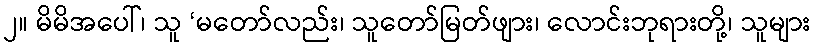
၂။ မိမိအပေါ်၊ သူ ‘မတော်လည်း၊ သူတော်မြတ်ဖျား၊ လောင်းဘုရားတို့၊ သူများ